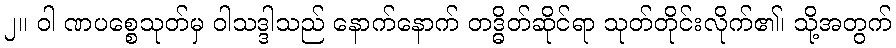
၂။ ဝါ ဏပစ္စေသုတ်မှ ဝါသဒ္ဒါသည် နောက်နောက် တဒ္ဓိတ်ဆိုင်ရာ သုတ်တိုင်းလိုက်၏၊ သို့အတွက်